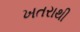
ખતરાથી